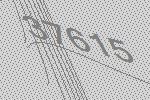
37615